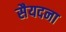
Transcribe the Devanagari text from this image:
सैयदना